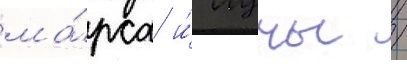
ма́рса и́ луны /